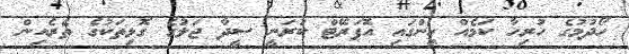
ހޯދުމުގެ ހުރިހާ ކަމެއް ހިންގައި އޮޕަރޭޓް ކުރަނީ ސީދާ ޖަލުގެ ގޮޅިތަކުގެ ތެރެއިން